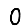
Digit: 0